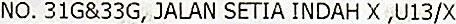
NO. 31G&33G, JALAN SETIA INDAH X ,U13/X